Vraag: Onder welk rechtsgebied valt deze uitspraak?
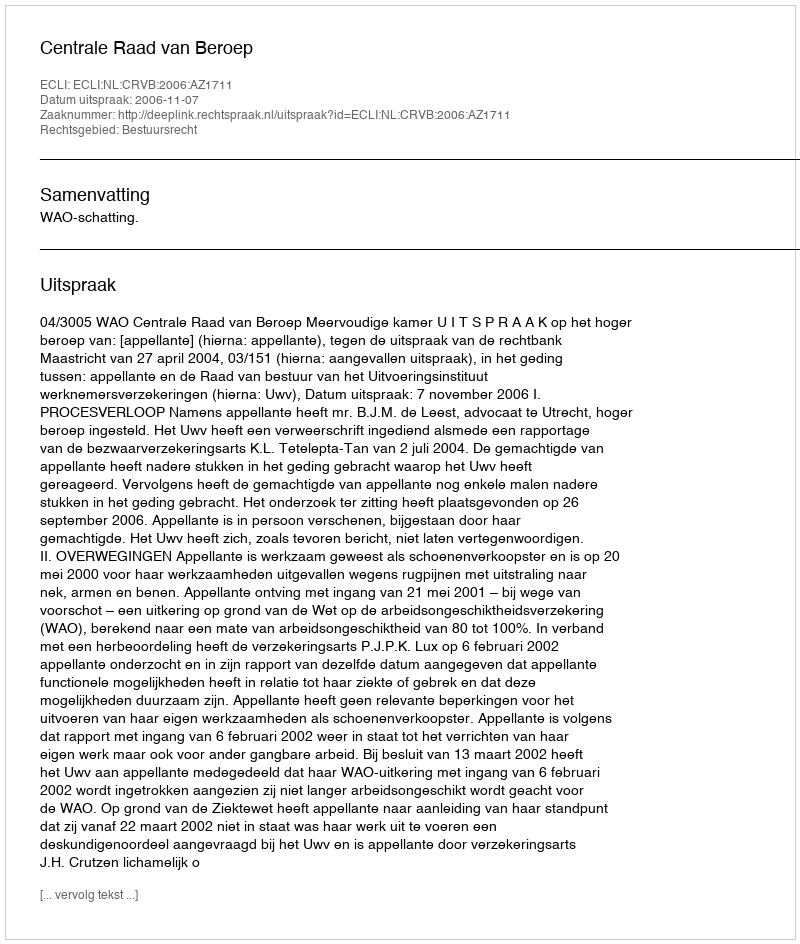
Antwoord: Bestuursrecht